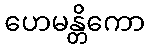
ဟေမန္တိကော